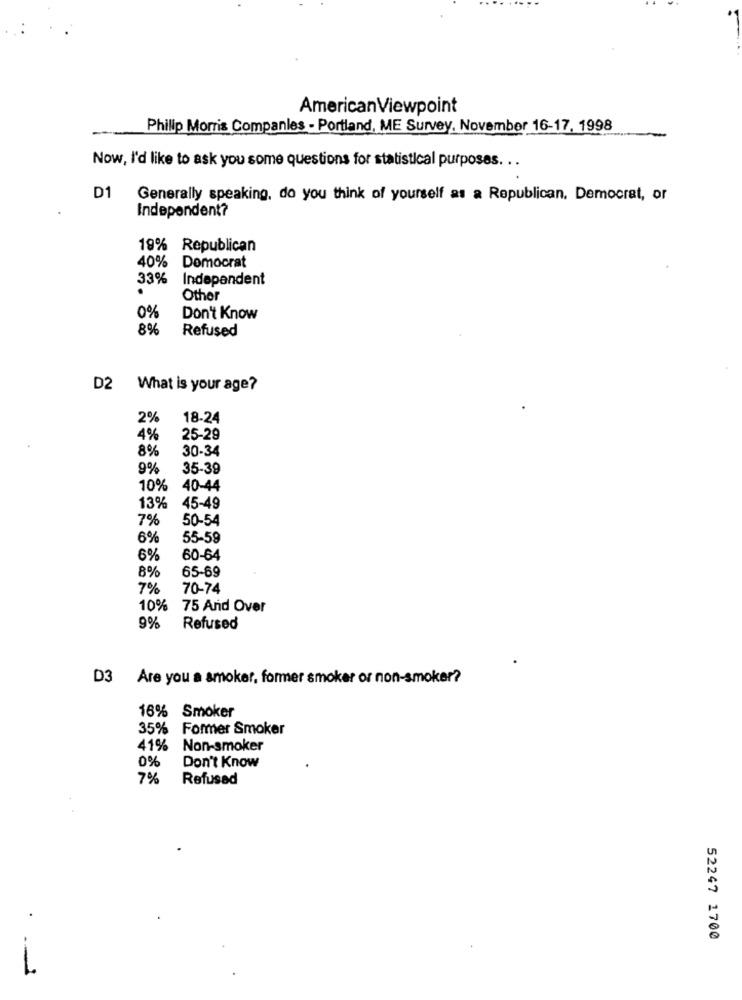
AmericanViewpoint
Philip Morris Companies - Portland, ME Survey, November 16-17, 1998
Now, I'd like to ask you some questions for statistical purposes. . .
D1
Generally speaking, do you think of yourself as a Republican. Democrat, or
Independent?
19% Republican
40%
Democrat
33%
Independent
Other
0%
Don't Know
8%
Refused
D2
What is your age?
2%
18-24
4%
25-29
8%
30-34
9%
35-39
10%
40-44
13%
45-49
7%
50-54
6%
55-59
6%
60-64
8%
65-69
7%
70-74
10%
75 And Over
9%
Refused
D3 Are you a smoker, former smoker or non-smoker?
16% Smoker
35%
Former Smoker
41%
Non-smoker
0%
Don't Know
7%
Refusad
52247 1700